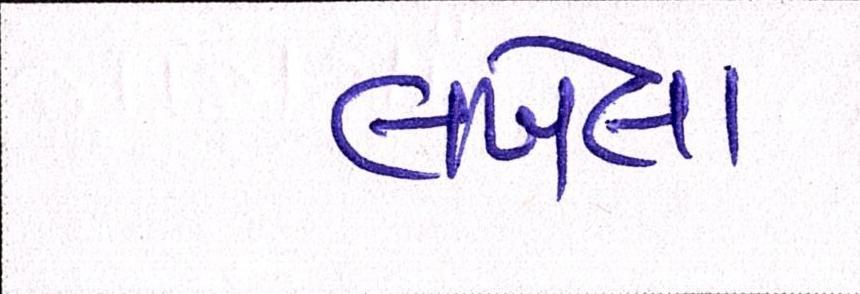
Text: લખેલા